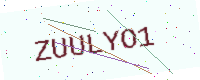
Text: ZUULYO1